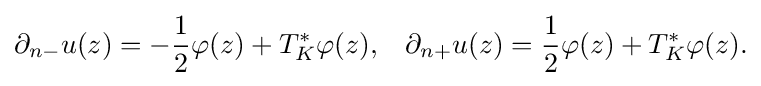
\displaystyle {\partial _{n-}u(z)=-{1 \over 2}\varphi (z)+T_{K}^{*}\varphi (z),\,\,\,\,\,\partial _{n+}u(z)={1 \over 2}\varphi (z)+T_{K}^{*}\varphi (z).}